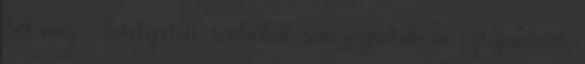
Sőt még a kitelepített svábokat sem fogadták be fajtájukként.